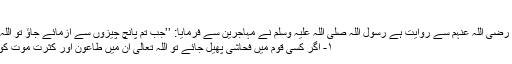
2223)
عبداللہ بن عمر رضی اللہ عنہم سے روایت ہے رسول اللہ صلی اللہ علیہ وسلم نے مہاجرین سے فرمایا: ’’جب تم پانچ چیزوں سے آزمائے جاؤ تو اللہ کی پناہ پکڑو:
۱- اگر کسی قوم میں فحاشی پھیل جائے تو اللہ تعالیٰ ان میں طاعون اور کثرت موت کو بھیج دیتا ہے۔